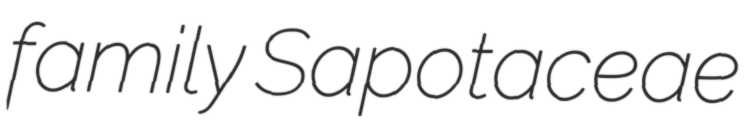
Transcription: family Sapotaceae